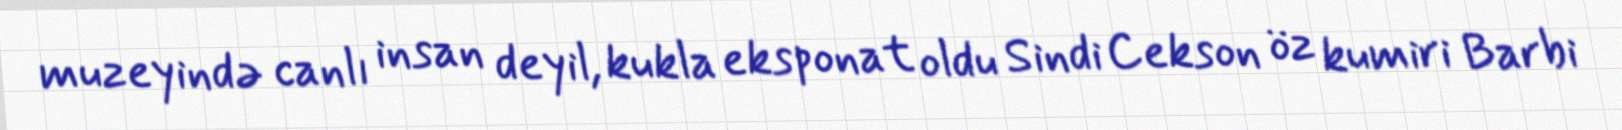
muzeyində canlı insan deyil, kukla eksponat oldu Sindi Cekson öz kumiri Barbi